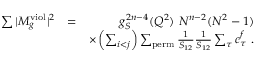
\begin{array} { r l r } { \sum \vert M _ { g } ^ { \mathrm { v i o l } } \vert ^ { 2 } } & { = } & { g _ { S } ^ { 2 n - 4 } ( Q ^ { 2 } ) ~ N ^ { n - 2 } ( N ^ { 2 } - 1 ) } \\ & { } & { \times \left( \sum _ { i < j } \right) \sum _ { \mathrm { p e r m } } \frac { 1 } { S _ { 1 2 } } \frac { 1 } { S _ { 1 2 } } \sum _ { \tau } c _ { \tau } ^ { f } ~ . } \end{array}